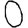
Digit: 0